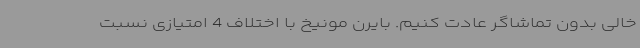
خالی بدون تماشاگر عادت کنیم. بایرن مونیخ با اختلاف 4 امتیازی نسبت